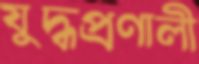
যুদ্ধপ্রণালী